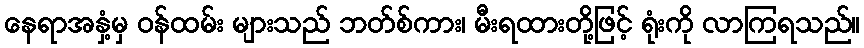
နေရာအနှံ့မှ ဝန်ထမ်း များသည် ဘတ်စ်ကား၊ မီးရထားတို့ဖြင့် ရုံးကို လာကြရသည်။